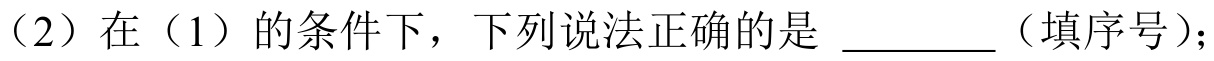
（2）在（1）的条件下，下列说法正确的是 \_\_\_\_（填序号）；